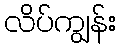
လိပ်ကျွန်း